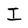
Character: I